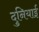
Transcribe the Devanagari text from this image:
दुनियाई